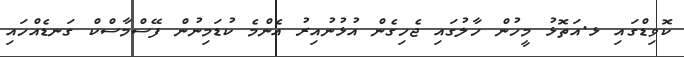
ކޮވިޑްގައި ޅ.އަތޮޅު މީހުން ހާލުގައި ޖެހިގެން އުޅުނުއިރު އެންމެ ކުޑަމިނުން ފޭސްމާސްކް ގަނޑެއްހައި